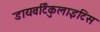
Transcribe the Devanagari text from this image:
डायवर्टिकुलाइटिस